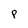
Character: P